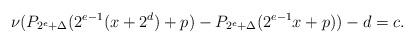
LaTeX: \begin{align*}\nu(P_{2^e+\Delta}(2^{e-1}(x+2^d)+p)-P_{2^e+\Delta}(2^{e-1}x+p))-d=c.\end{align*}